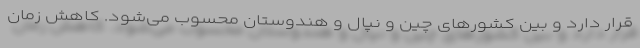
قرار دارد و بین کشورهای چین و نپال و هندوستان محسوب می‌شود. کاهش زمان